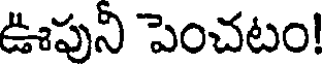
ఊపుని పెంచటం!